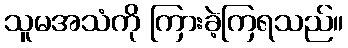
သူမအသံကို ကြားခဲ့ကြရသည်။